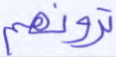
ترونهم